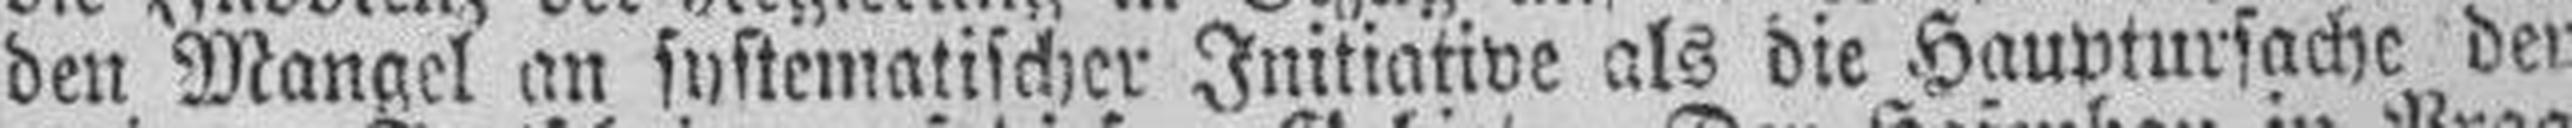
den Mangel an systematischer Initiative als die Hauptursache der